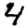
Digit: 4